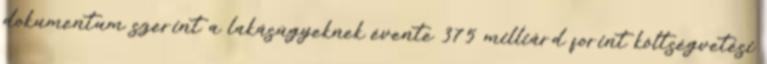
dokumentum szerint a lakásügyeknek évente 375 milliárd forint költségvetési